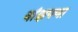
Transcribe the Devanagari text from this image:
वांझपणा